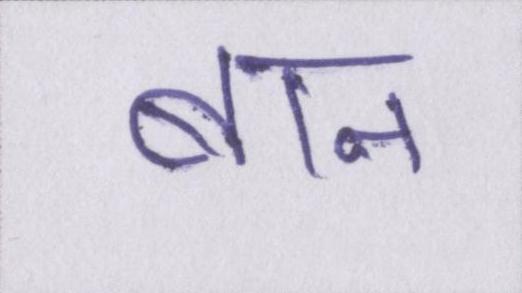
बान